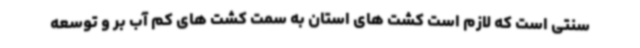
سنتی است که لازم است کشت های استان به سمت کشت های کم آب بر و توسعه